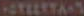
HOTELTTANS